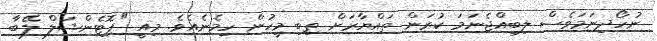
ނުހޯދިނަމަވެސް ލިބިއްޖެނަމަ ކުރަން ތައްޔާރަށް ތިބި މީހުން ހިމެނެއެވެ. މިއީ "ޕޮޓެންޝަލް ލޭބާ